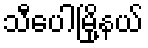
သီပေါမြို့နယ်